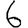
Digit: 6